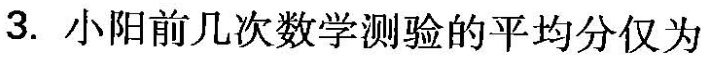
3.小阳前几次数学测验的平均分仅为